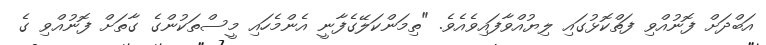
އަބްދަށް ފޮނުއްވި ފަތްކޮޅުގައި ލިޔުއްވާފައިވެއެވެ. "ތިމަންކަލޭގެފާނީ އެންމެހައި މީސްތަކުންގެ ގާތަށް ފޮނުއްވި ގެ